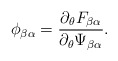
\begin{align*}\phi_{\beta\alpha} = \frac{\partial_\theta F_{\beta\alpha}}{\partial_\theta \Psi_{\beta\alpha}}.\end{align*}